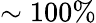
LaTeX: \sim 100\%